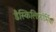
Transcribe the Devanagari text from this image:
डैस्किलिफ़ॉर्मिया